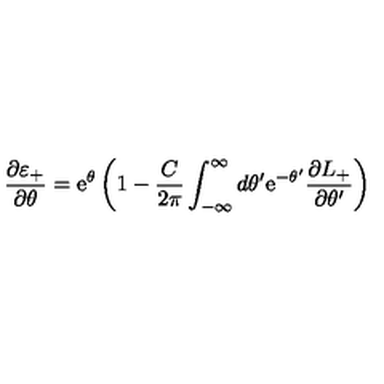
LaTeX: \frac { \partial \varepsilon _ { + } } { \partial \theta } = \mathrm { e } ^ { \theta } \left( 1 - \frac { C } { 2 \pi } \int _ { - \infty } ^ { \infty } d \theta ^ { \prime } \mathrm { e } ^ { - \theta ^ { \prime } } \frac { \partial L _ { + } } { \partial \theta ^ { \prime } } \right)